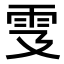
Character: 𩁾